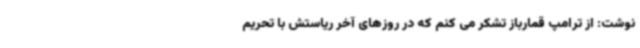
نوشت: از ترامپ قمارباز تشکر می کنم که در روزهای آخر ریاستش با تحریم